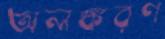
অলঙ্করণ